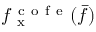
f _ { \mathrm { ~ x ~ } } ^ { \mathrm { ~ c ~ o ~ f ~ e ~ } } ( \bar { f } )